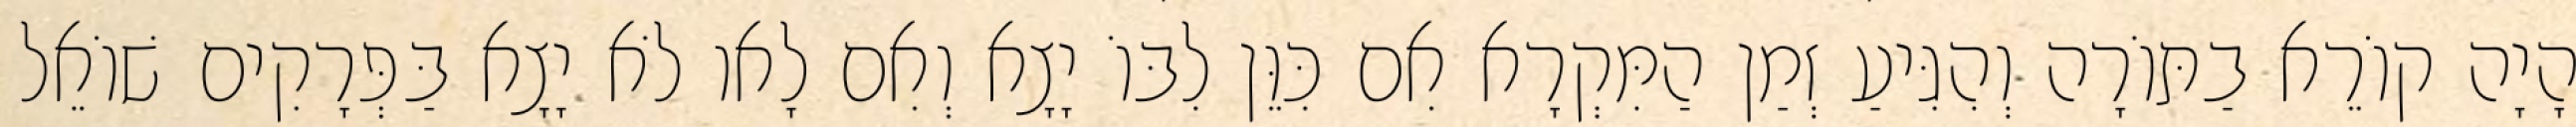
הָיָה קוֹרֵא בַתּוֹרָה וְהִגִּיעַ זְמַן הַמִּקְרָא אִם כִּוֵּן לִבּוֹ יָצָא וְאִם לָאו לֹא יָצָא בַּפְּרָקִים שׁוֹאֵל